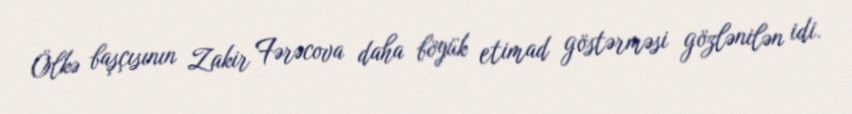
Ölkə başçısının Zakir Fərəcova daha böyük etimad göstərməsi gözlənilən idi.